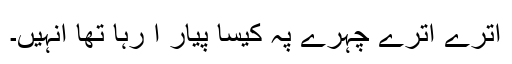
اُترے اترے چہرے پہ کیسا پیار آ رہا تھا انہیں۔